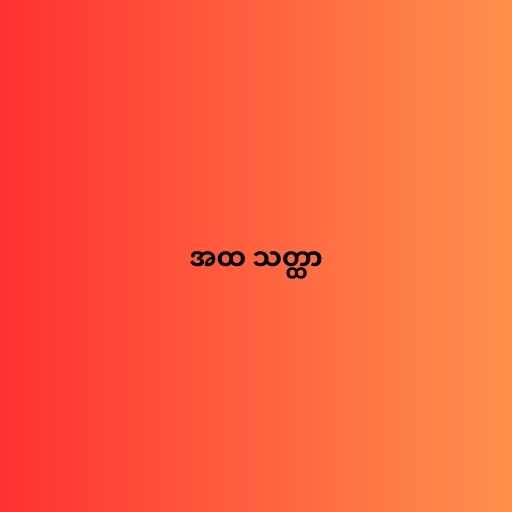
အထ သတ္ထာ